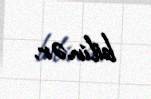
bilinər.